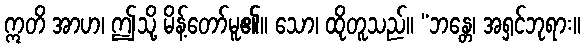
ဣတိ အာဟ၊ ဤသို့ မိန့်တော်မူ၏။ သော၊ ထိုတူသည်။ “ဘန္တေ၊ အရှင်ဘုရား။